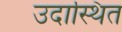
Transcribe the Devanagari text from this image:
उदास्थित